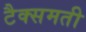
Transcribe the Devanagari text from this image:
टैक्समती